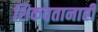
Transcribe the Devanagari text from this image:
शिकवतानाही